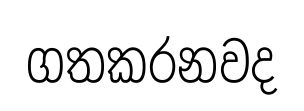
ගතකරනවද